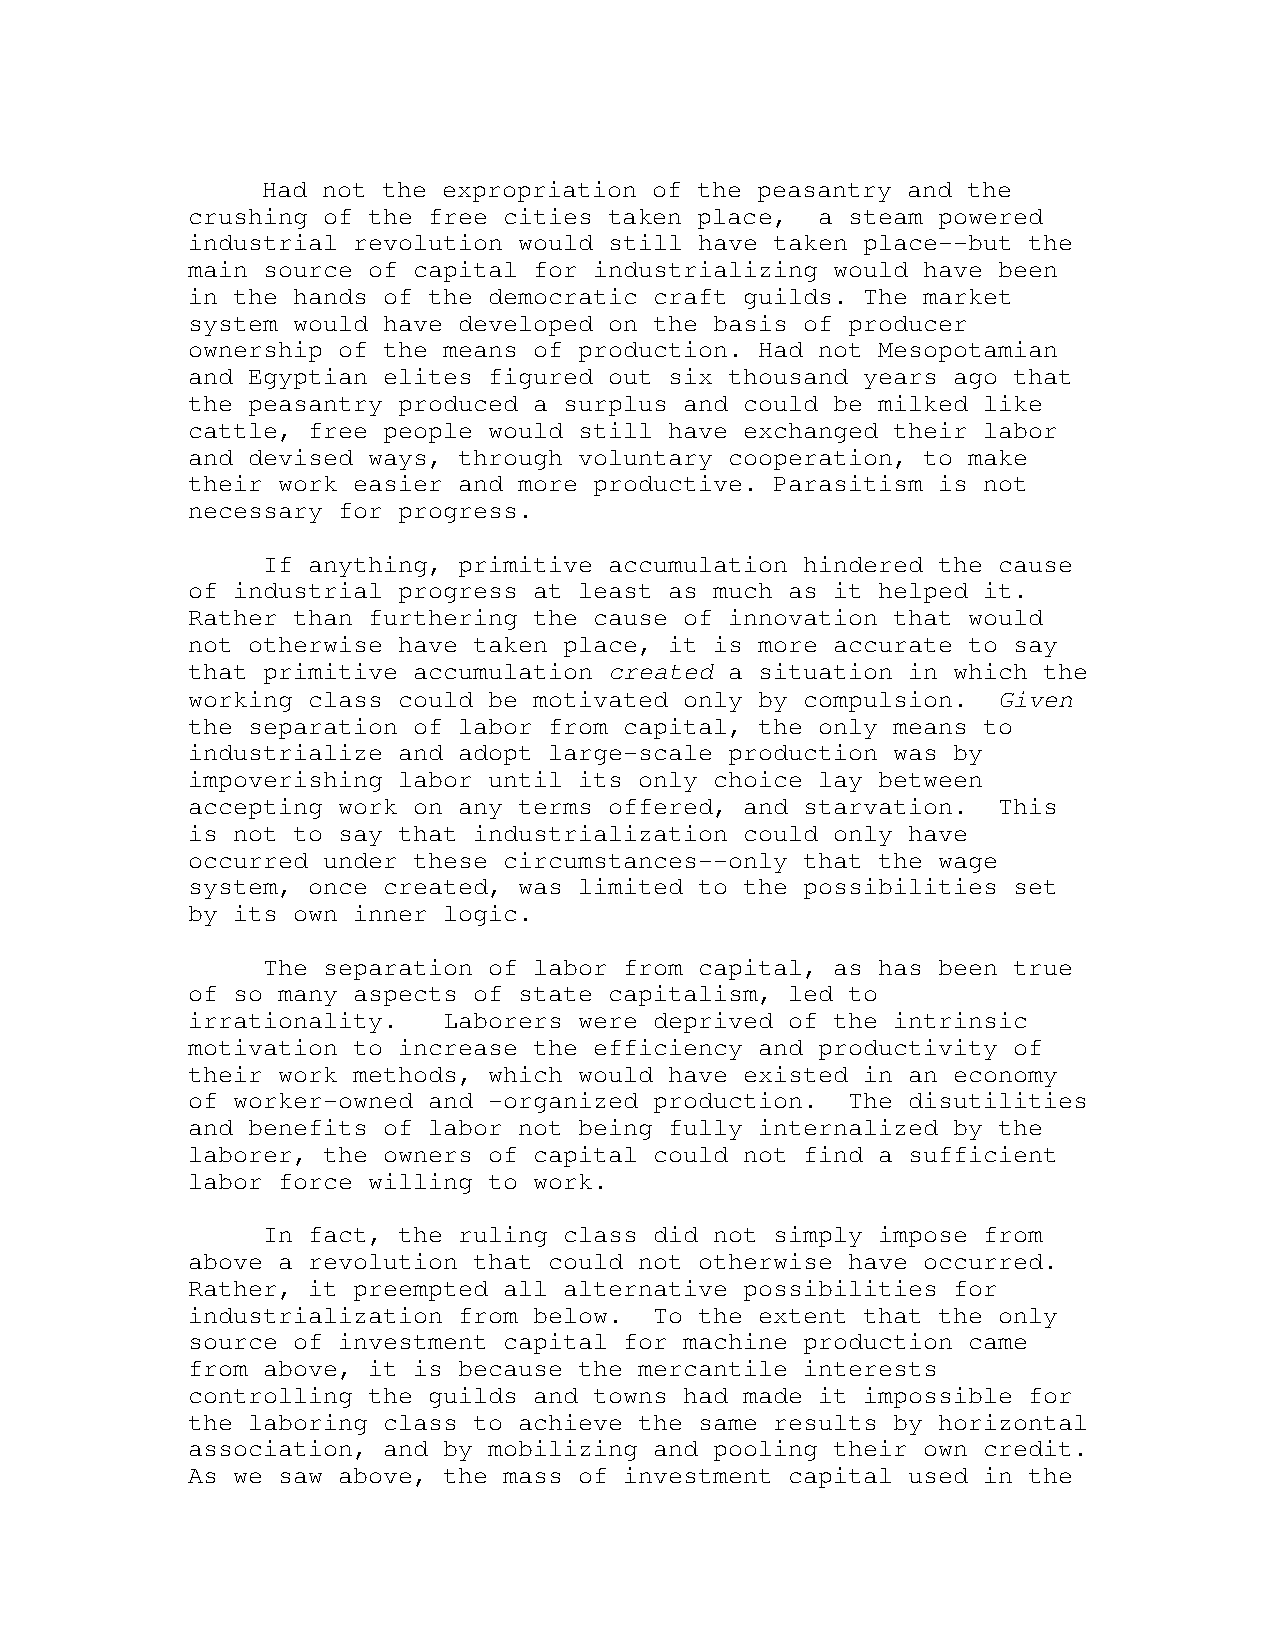
Had not the expropriation of the peasantry and the
 crushing of the free cities taken place,  a steam powered
 industrial revolution would still have taken place--but the
 main source of capital for industrializing would have been
 in the hands of the democratic craft guilds. The market
 system would have developed on the basis of producer
 ownership of the means of production. Had not Mesopotamian
 and Egyptian elites figured out six thousand years ago that
 the peasantry produced a surplus and could be milked like
 cattle, free people would still have exchanged their labor
 and devised ways, through voluntary cooperation, to make
 their work easier and more productive. Parasitism is not
 necessary for progress.
 If anything, primitive accumulation hindered the cause
 of industrial progress at least as much as it helped it.
 Rather than furthering the cause of innovation that would
 not otherwise have taken place, it is more accurate to say
 that primitive accumulation created a situation in which the
 working class could be motivated only by compulsion.  Given
 the separation of labor from capital, the only means to
 industrialize and adopt large-scale production was by
 impoverishing labor until its only choice lay between
 accepting work on any terms offered, and starvation.  This
 is not to say that industrialization could only have
 occurred under these circumstances--only that the wage
 system, once created, was limited to the possibilities set
 by its own inner logic.
 The separation of labor from capital, as has been true
 of so many aspects of state capitalism, led to
 irrationality.   Laborers were deprived of the intrinsic
 motivation to increase the efficiency and productivity of
 their work methods, which would have existed in an economy
 of worker-owned and -organized production.  The disutilities
 and benefits of labor not being fully internalized by the
 laborer, the owners of capital could not find a sufficient
 labor force willing to work.
 In fact, the ruling class did not simply impose from
 above a revolution that could not otherwise have occurred.
 Rather, it preempted all alternative possibilities for
 industrialization from below.  To the extent that the only
 source of investment capital for machine production came
 from above, it is because the mercantile interests
 controlling the guilds and towns had made it impossible for
 the laboring class to achieve the same results by horizontal
 association, and by mobilizing and pooling their own credit.
 As we saw above, the mass of investment capital used in the